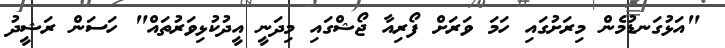
"އަޅުގަނޑުމެން މިރަށުގައި ހަމަ ވަރަށް ފޯރިއާ ޖޯޝްގައި މިދަނީ އީދުކުޅިވަރުތައް" ހަސަން ރަޝީދު